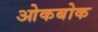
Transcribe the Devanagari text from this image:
ओकबोक